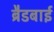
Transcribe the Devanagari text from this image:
ब्रैडबाई